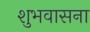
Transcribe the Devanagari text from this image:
शुभवासना